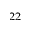
^ { 2 2 }